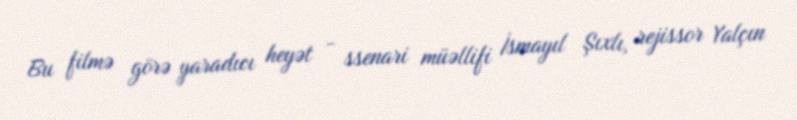
Bu filmə görə yaradıcı heyət - ssenari müəllifi İsmayıl Şıxlı, rejissor Yalçın